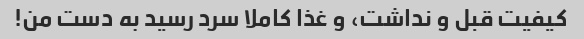
کیفیت قبل و نداشت، و غذا کاملا سرد رسید به دست من!